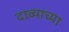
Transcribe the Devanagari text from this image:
दाव्याच्या